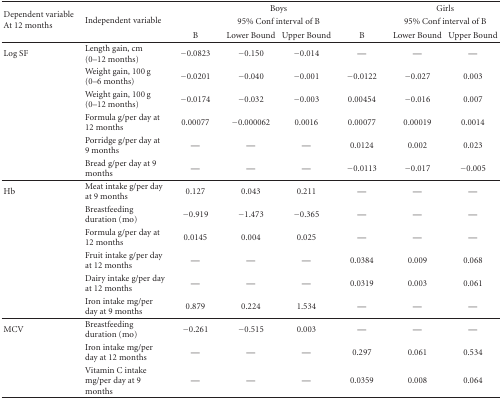
<table><thead><tr><td rowspan="3"><b>Dependent variable At 12 months</b></td><td rowspan="3"><b>Independent variable</b></td><td></td><td colspan="2"><b>Boys</b></td><td></td><td colspan="2"><b>Girls</b></td></tr><tr><td><b> </b></td><td colspan="2"><b>95% Conf interval of B</b></td><td><b> </b></td><td colspan="2"><b>95% Conf interval of B</b></td></tr><tr><td><b>B</b></td><td><b>Lower Bound</b></td><td><b>Upper Bound</b></td><td><b>B</b></td><td><b>Lower Bound</b></td><td><b>Upper Bound</b></td></tr></thead><tbody><tr><td>Log SF</td><td>Length gain, cm (0–12 months)</td><td>−0.0823</td><td>−0.150</td><td>−0.014</td><td>—</td><td>—</td><td>—</td></tr><tr><td></td><td>Weight gain, 100 g (0–6 months)</td><td>−0.0201</td><td>−0.040</td><td>−0.001</td><td>−0.0122</td><td>−0.027</td><td>0.003</td></tr><tr><td></td><td>Weight gain, 100 g (0–12 months)</td><td>−0.0174</td><td>−0.032</td><td>−0.003</td><td>0.00454</td><td>−0.016</td><td>0.007</td></tr><tr><td></td><td>Formula g/per day at 12 months</td><td>0.00077</td><td>−0.000062</td><td>0.0016</td><td>0.00077</td><td>0.00019</td><td>0.0014</td></tr><tr><td></td><td>Porridge g/per day at 9 months</td><td>—</td><td>—</td><td>—</td><td>0.0124</td><td>0.002</td><td>0.023</td></tr><tr><td></td><td>Bread g/per day at 9 months</td><td>—</td><td>—</td><td>—</td><td>−0.0113</td><td>−0.017</td><td>−0.005</td></tr><tr><td>Hb</td><td>Meat intake g/per day at 9 months</td><td>0.127</td><td>0.043</td><td>0.211</td><td>—</td><td>—</td><td>—</td></tr><tr><td></td><td>Breastfeeding duration (mo)</td><td>−0.919</td><td>−1.473</td><td>−0.365</td><td>—</td><td>—</td><td>—</td></tr><tr><td></td><td>Formula g/per day at 12 months</td><td>0.0145</td><td>0.004</td><td>0.025</td><td>—</td><td>—</td><td>—</td></tr><tr><td></td><td>Fruit intake g/per day at 12 months</td><td>—</td><td>—</td><td>—</td><td>0.0384</td><td>0.009</td><td>0.068</td></tr><tr><td></td><td>Dairy intake g/per day at 12 months</td><td>—</td><td>—</td><td>—</td><td>0.0319</td><td>0.003</td><td>0.061</td></tr><tr><td></td><td>Iron intake mg/per day at 9 months</td><td>0.879</td><td>0.224</td><td>1.534</td><td>—</td><td>—</td><td>—</td></tr><tr><td>MCV</td><td>Breastfeeding duration (mo)</td><td>−0.261</td><td>−0.515</td><td>0.003</td><td>—</td><td>—</td><td>—</td></tr><tr><td></td><td>Iron intake mg/per day at 12 months</td><td>—</td><td>—</td><td>—</td><td>0.297</td><td>0.061</td><td>0.534</td></tr><tr><td></td><td>Vitamin C intake mg/per day at 9 months</td><td>—</td><td>—</td><td>—</td><td>0.0359</td><td>0.008</td><td>0.064</td></tr></tbody></table>